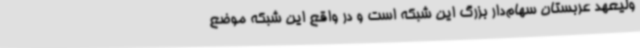
ولیعهد عربستان سهام‌دار بزرگ این شبکه است و در واقع این شبکه موضع